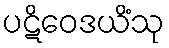
ပဋိဝေဒယိံသု